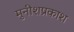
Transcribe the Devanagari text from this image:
मुनीशप्रकाश